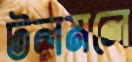
টলমলে